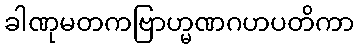
ခါဏုမတကဗြာဟ္မဏဂဟပတိကာ